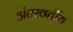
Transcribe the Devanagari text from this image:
अंतरवर्तीय